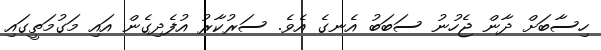
ހިސާބަށް ދާން ޖެހުނު ސަބަބު އެނގެ އެވެ. ސަރުކާރު އުފެދިގެން އައި މަގުމަތީގައި